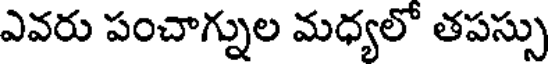
ఎవరు పంచాగ్నుల మధ్యలో తపస్సు